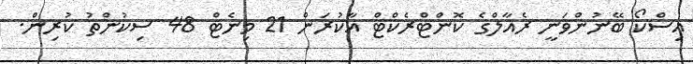
އިސްކޯ ބޭނުންވަނީ ރެއާލްގެ ކޮންޓްރެކްޓް އާކުރަން 21 މިނެޓް 48 ސިކުންތު ކުރިން.